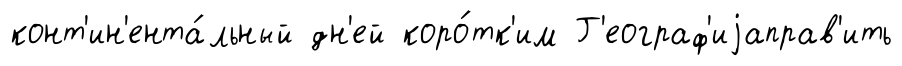
конт'ин'ента́льный дн'ей коро́тк'им Г'еограф'иjаправ'ить